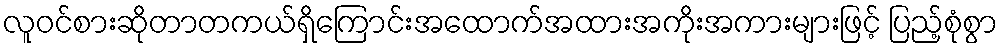
လူဝင်စားဆိုတာတကယ်ရှိကြောင်းအထောက်အထားအကိုးအကားများဖြင့် ပြည့်စုံစွာ